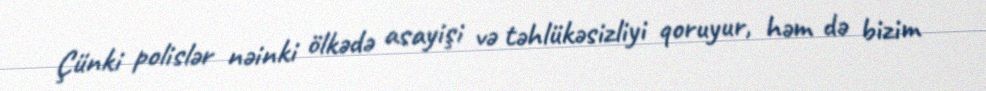
Çünki polislər nəinki ölkədə asayişi və təhlükəsizliyi qoruyur, həm də bizim